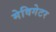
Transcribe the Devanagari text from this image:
मेविगेटर